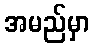
အမည်မှာ